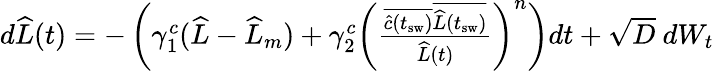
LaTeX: \begin{array}{r}{d\widehat{L}(t)=-\left(\gamma_{1}^{c}(\widehat{L}-\widehat{L}_{m})+\gamma_{2}^{c}\left(\frac{\overline{{\widehat{c}(t_{\mathrm{sw}})}}\overline{{\widehat{L}(t_{\mathrm{sw}})}}}{\widehat{L}(t)}\right)^{n}\right)dt+\sqrt{D}\ dW_{t}}\end{array}